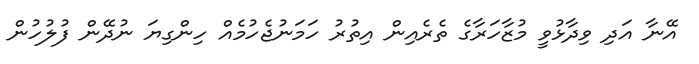
އޭނާ އަދި ވިދާޅުވީ މުޒާހަރާގެ ތެރެއިން އިތުރު ހަމަނުޖެހުމެއް ހިންގިޔަ ނުދޭން ފުލުހުން